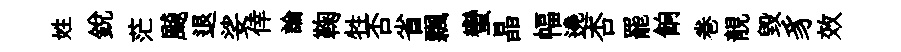
姓銳茫飇退娑倖論鞠牲否省飄蠻晶幅遶杏罷餉巻靚毀豸效